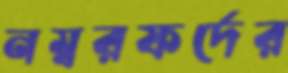
নম্বরফর্দের